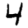
Digit: 4